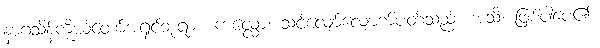
နာဂသိန်ကိုယ်တော်အရှင်ဘုရား။ ကလ္လော၊ သင့်လျော်လျောက်ပတ်သည်။ အသိ၊ ဖြစ်ပါပေ၏။